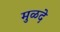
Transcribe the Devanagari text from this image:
मुळदे